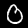
Digit: 0